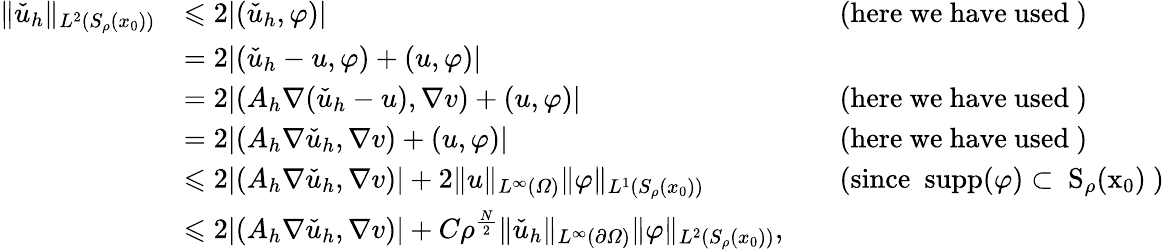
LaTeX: \begin{array}{rlrl}{\| \check{u}_{h}\| _{L^{2}(S_{\rho}(x_{0}))}}&{\leqslant 2|(\check{u}_{h},\varphi)|}&&{\mathrm{(here~we~have~used~)}}\\ &{=2|(\check{u}_{h}-u,\varphi)+(u,\varphi)|}\\ &{=2|(A_{h}\nabla(\check{u}_{h}-u),\nabla v)+(u,\varphi)|}&&{\mathrm{(here~we~have~used~)}}\\ &{=2|(A_{h}\nabla\check{u}_{h},\nabla v)+(u,\varphi)|}&&{\mathrm{(here~we~have~used~)}}\\ &{\leqslant 2|(A_{h}\nabla\check{u}_{h},\nabla v)|+2\| u\| _{L^{\infty}(\varOmega)}\| \varphi\| _{L^{1}(S_{\rho}(x_{0}))}}&&{\mathrm{(since~\mathrm{~supp}(\varphi)\subset~S_{\rho}(x_{0})~)}}\\ &{\leqslant 2|(A_{h}\nabla\check{u}_{h},\nabla v)|+C\rho^{\frac{N}2}\| \check{u}_{h}\| _{L^{\infty}(\partial\varOmega)}\| \varphi\| _{L^{2}(S_{\rho}(x_{0}))},}\end{array}